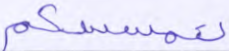
تمسسكم